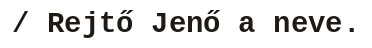
/ Rejtő Jenő a neve.